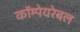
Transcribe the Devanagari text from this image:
कॉम्पेयरेबल